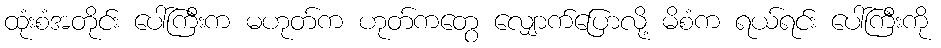
ထုံးစံအတိုင်း ပေါ်ကြီးက မဟုတ်က ဟုတ်ကတွေ လျှောက်ပြောလို့ မိစံက ရယ်ရင်း ပေါ်ကြီးကို